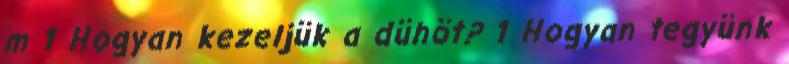
m 1 Hogyan kezeljük a dühöt? 1 Hogyan tegyünk